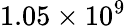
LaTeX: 1.05\times 10^{9}